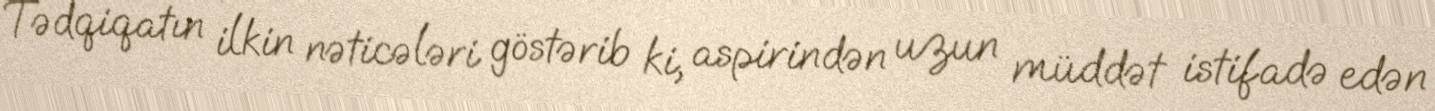
Tədqiqatın ilkin nəticələri göstərib ki, aspirindən uzun müddət istifadə edən